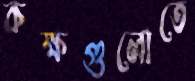
কক্ষগুলোতে